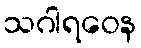
သဂါရဝေန